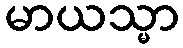
မာယသ္မာ